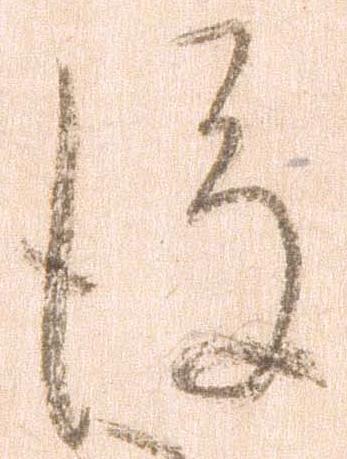
後